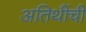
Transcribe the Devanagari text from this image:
अतिथींची